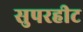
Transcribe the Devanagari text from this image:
सुपरहीट